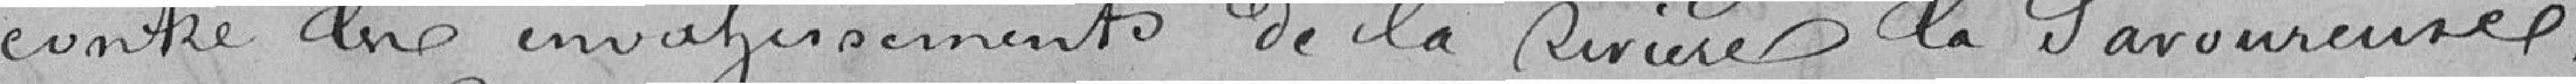
contre les envahissements de la Rivière la Savoureuse.